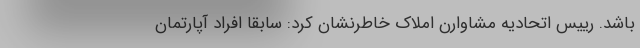
باشد. رییس اتحادیه مشاوارن املاک خاطرنشان کرد: سابقا افراد آپارتمان